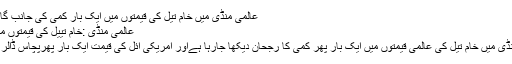
عالمی منڈی میں خام تیل کی قیمتوں میں ایک بار کمی کی جانب گامزن ہے، گزشتہ…
عالمی منڈی :خام تییل کی قیمتوں میں ایک بار پھرکمی
نیو یارک : عالمی منڈی میں خام تیل کی عالمی قیمتوں میں ایک بار پھر کمی کا رجحان دیکھا جارہا ہےاور امریکی آئل کی قیمت ایک بار پھرپچاس ڈالر کی حد سے گرگئی۔